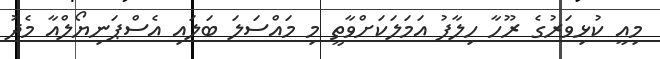
މިއީ ކުޅިވަރުގެ ރޫހާ ހިލާފު އަމަލަކަށްވާތީ މި މައްސަލަ ބަލައި އެސްޕަނިޔޯލްއާ މެދު